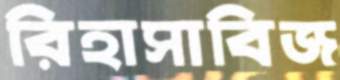
রিহাসাবিজ